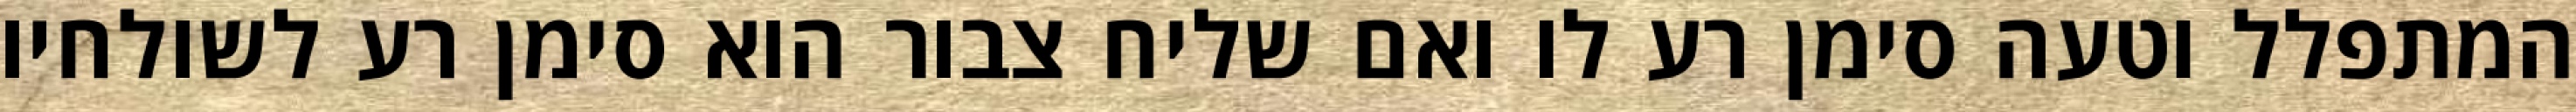
המתפלל וטעה סימן רע לו ואם שליח צבור הוא סימן רע לשולחיו